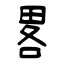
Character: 畧